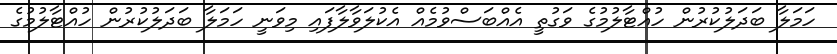
ހަމަލާ ބަދަލުކުރުން ހުއްޓާލުމުގެ ވަގުތީ އެއްބަސްވުމެއް އެކުލަވާލާފައި މިވަނީ ހަމަލާ ބަދަލުކުރުން ހުއްޓާލުމުގެ